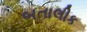
બતાલીક